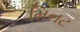
મિનટ